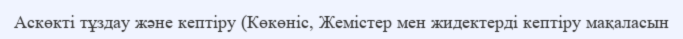
Аскөкті тұздау және кептіру (Көкөніс, Жемістер мен жидектерді кептіру мақаласын